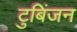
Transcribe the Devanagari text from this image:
टुबिंजन